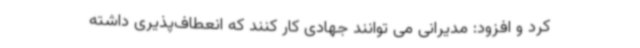
کرد و افزود: مدیرانی می توانند جهادی کار کنند که انعطاف‌پذیری داشته